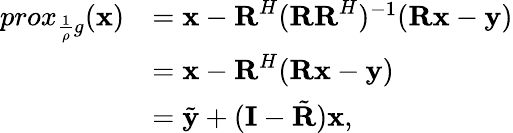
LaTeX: \begin{array}{rl}{prox_{\frac{1}{\rho}g}(\textbf{x})}&{=\textbf{x}-\textbf{R}^{H}(\textbf{R}\textbf{R}^{H})^{-1}(\textbf{R}\textbf{x}-\textbf{y})}\\ &{=\textbf{x}-\textbf{R}^{H}(\textbf{R}\textbf{x}-\textbf{y})}\\ &{=\tilde{\textbf{y}}+(\textbf{I}-\tilde{\textbf{R}})\textbf{x},}\end{array}